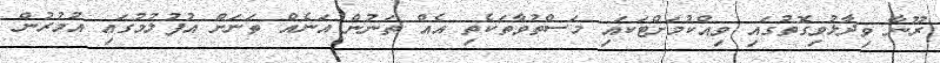
ރޫނާ ވިދާޅުވިގޮތުގައި ވިއްކުމަށްޓަކައި މަސްތުވާތަކެތި އެއް ތަނުން އަނެއް ތަނަށް އުފުލުމުގައި އުމުރުން